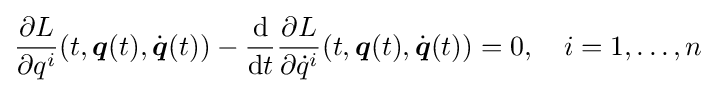
{\frac {\partial L}{\partial q^{i}}}(t,{\boldsymbol {q}}(t),{\dot {\boldsymbol {q}}}(t))-{\frac {\mathrm {d} }{\mathrm {d} t}}{\frac {\partial L}{\partial {\dot {q}}^{i}}}(t,{\boldsymbol {q}}(t),{\dot {\boldsymbol {q}}}(t))=0,\quad i=1,\dots ,n